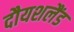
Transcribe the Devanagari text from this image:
दौयशलैंड